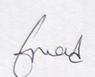
Signature authenticity: genuine